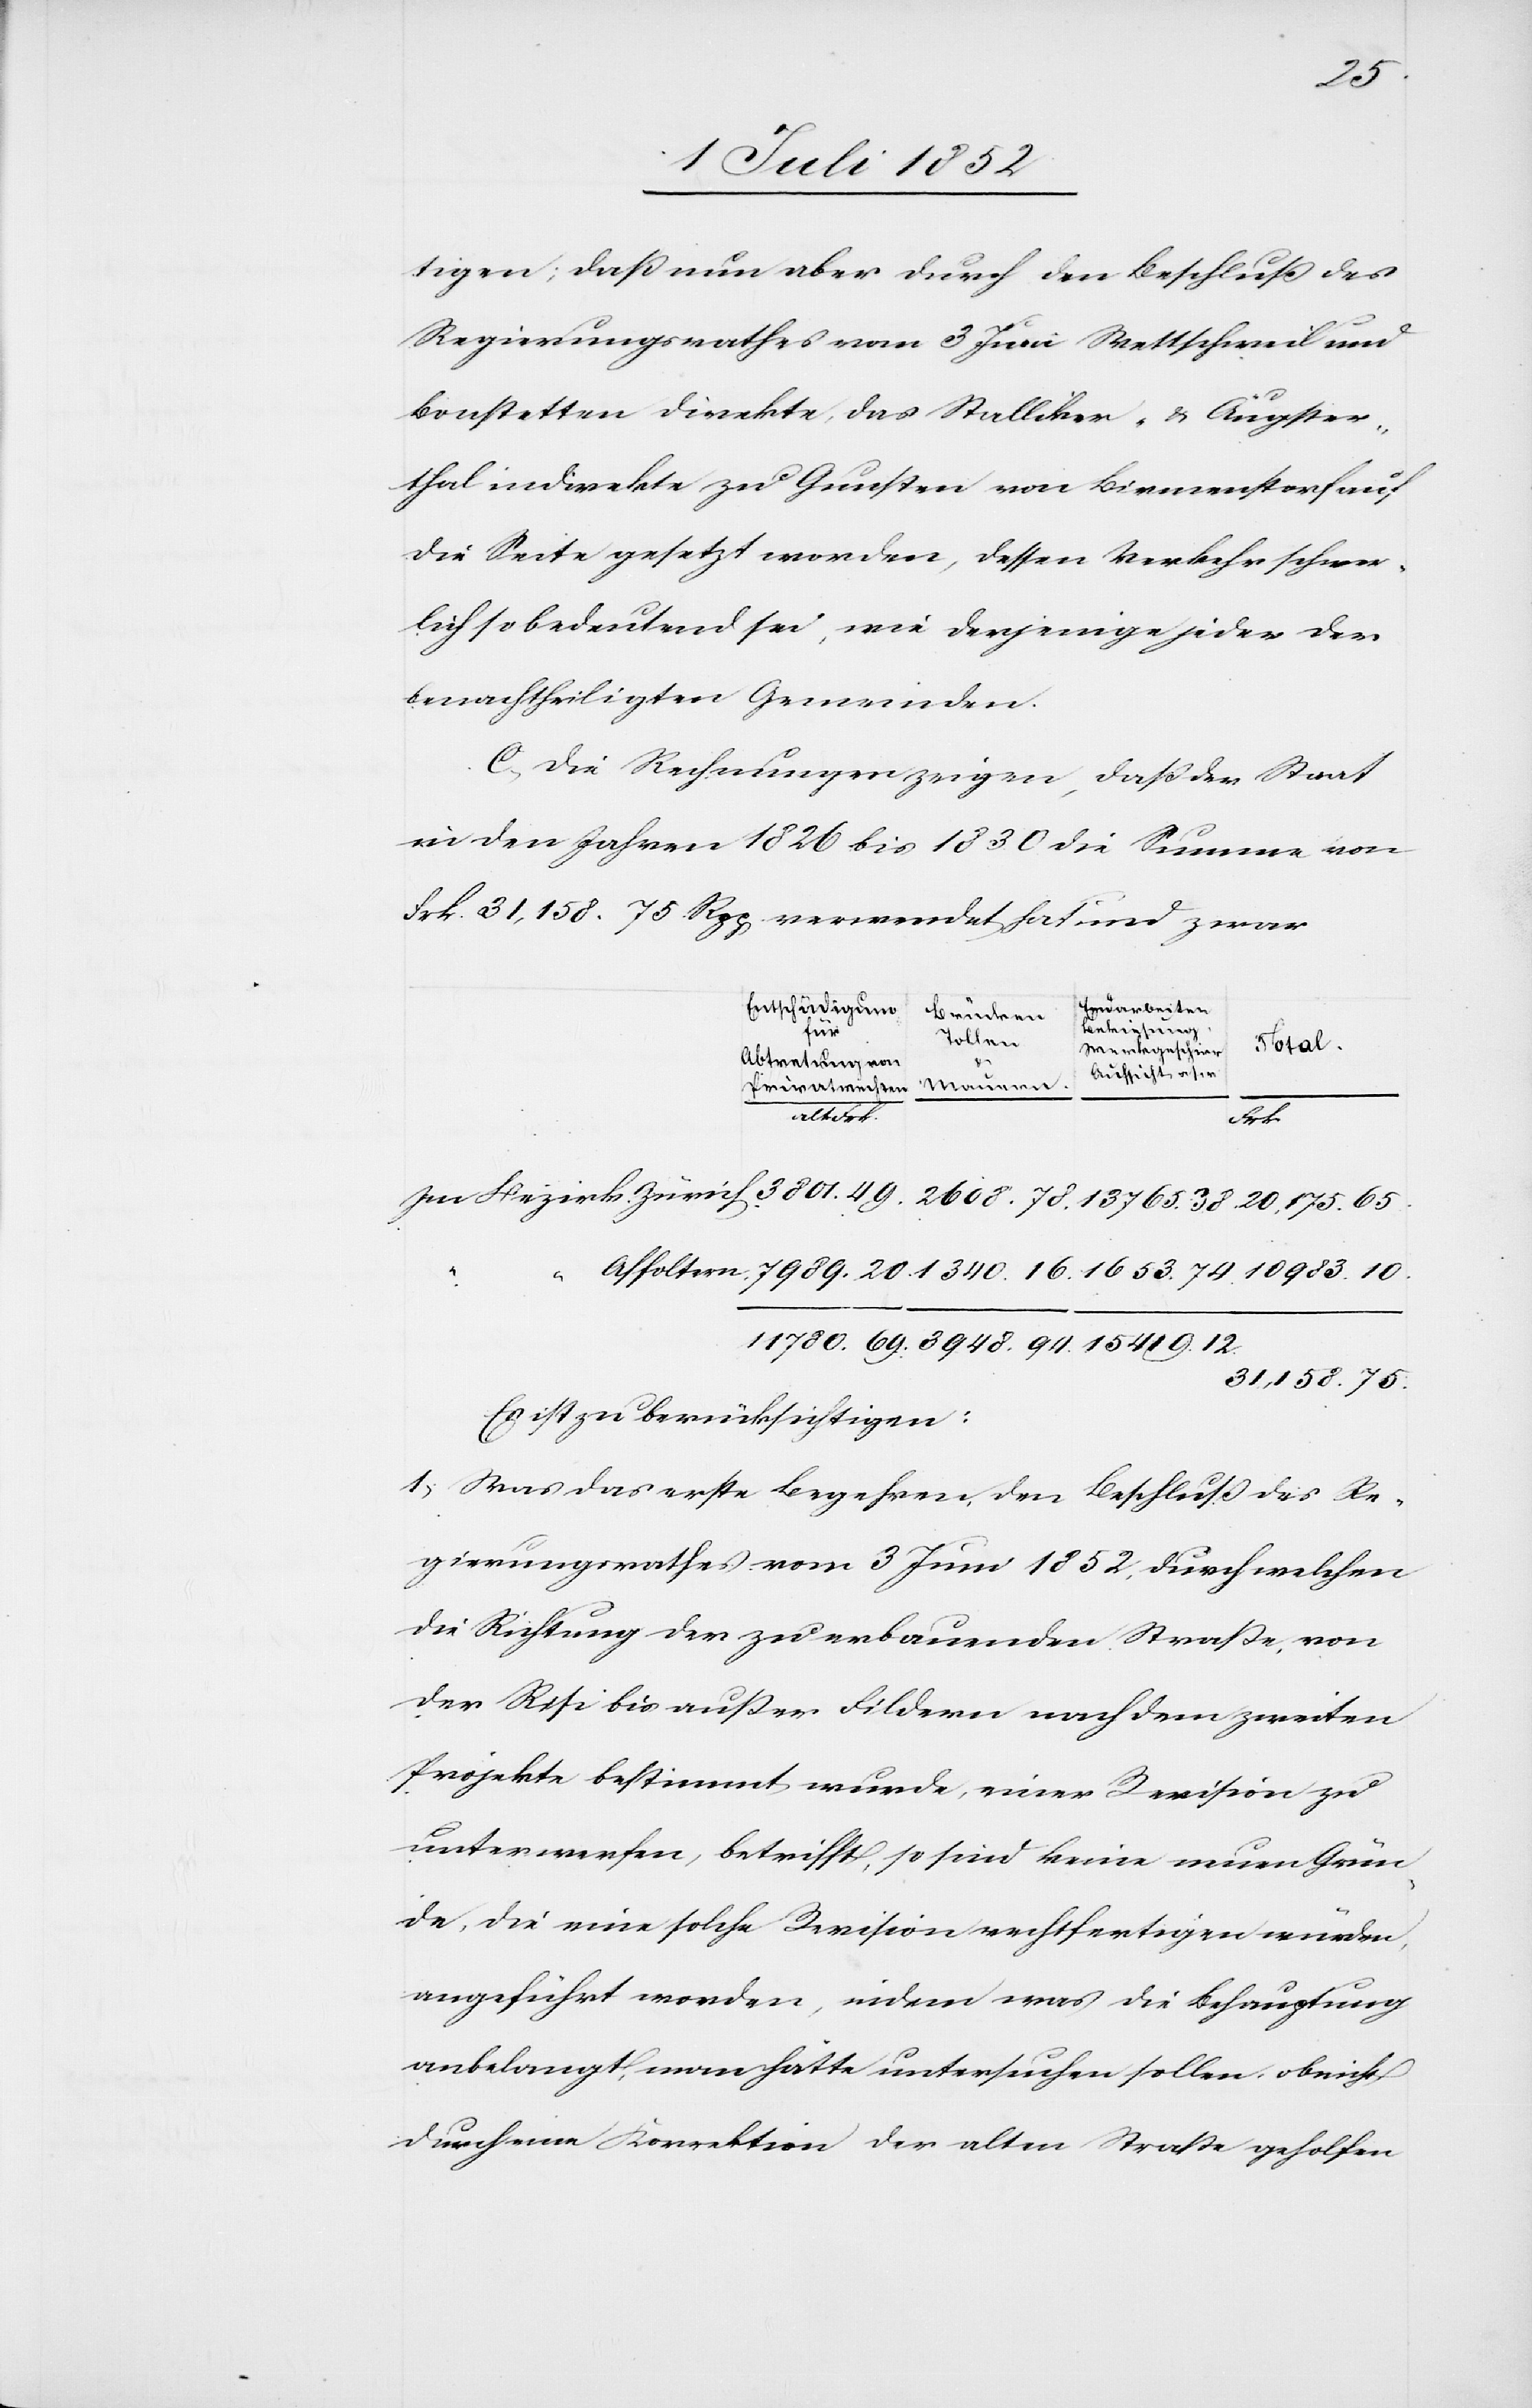
780.
tigen; daß nun aber durch den Beschluß des
Regierungsrathes vom 3 Juni Wettschweil und
Bonstetten direkte, das Stalliker- & Äugster¬
thal indirekte zu Gunsten von Birmenstorf auf
die Seite gesetzt worden, dessen Verkehr schwer¬
lich so bedeutend sei, wie derjenige jeder der
benachtheiligten Gemeinden.
C, Die Rechnungen zeigen, daß der Staat
in den Jahren 1826 bis 1830 die Summe von
Frk. 31,158. 75. Rpp. verwendet hat und zwar
Erdarbeiten
Entschädigung
Brücken
Bekiesung
für
foltern
Werkgeschirr
Abtretung von
Aufsicht u s w
alt Frk.
[recte:
12.
31,158. 75.
Es ist zu berücksichtigen:
1, Was das erste Begehren, den Beschluß des Re¬
gierungsrathes vom 3 Juni 1852, durch welchen
die Richtung der zu erbauenden Straße, von
der Risi bis außer Fildern nach dem zweiten
Projekte bestimmt wurde, einer Revision zu
unterwerfen, betrifft, so sind keine neuen Grün¬
de, die eine solche Revision rechtfertigen würden,
angeführt worden, indem was die Behauptung
anbelangt, man hätte untersuchen sollen, ob nicht
durch eine Korrektion der alten Straße geholfen